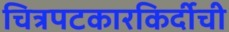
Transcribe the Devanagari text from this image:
चित्रपटकारकिर्दीची